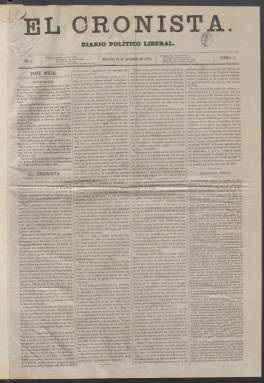
Título: El Cronista (Madrid. 1868)
Colección: Periódicos
Ámbito geográfico: Madrid
Lugar de publicación: Madrid
Fechas: 18/11/1868-07/02/1869